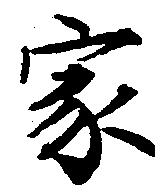
家